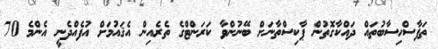
ތަފާސްހިސާބުތައް ދައްކާގޮތުން ޕާކިސްތާނަށް ބޭނުންވާ ކަރަންޓްގެ ތެރެއިން އެޤައުމަށް އުފެއްދެނީ އެންމެ 70